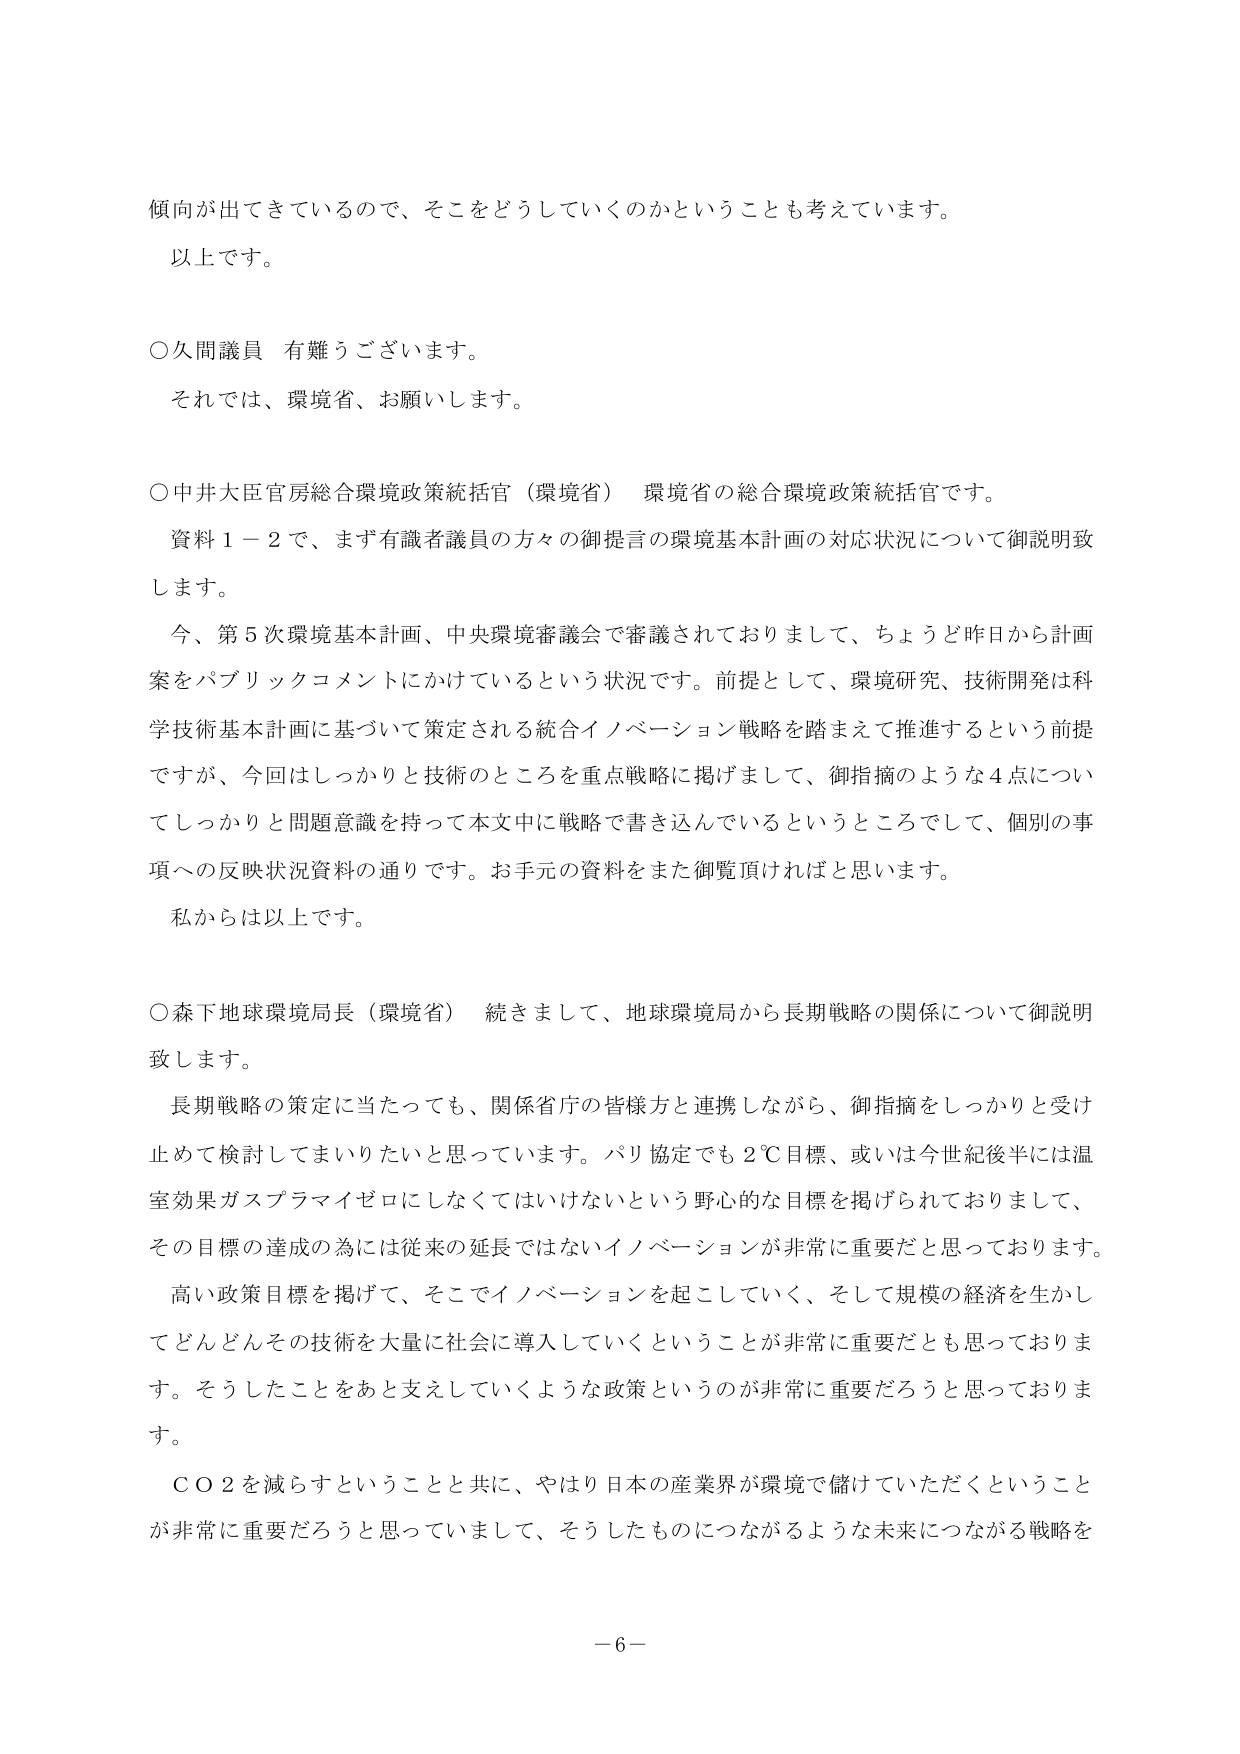
傾向が出てきているので、そこをどうしていくのかということも考えています。
以上です。

○久間議員 有難うございます。
それでは、環境省、お願いします。

○中井大臣官房総合環境政策統括官（環境省） 環境省の総合環境政策統括官です。
資料１－２で、まず有識者議員の方々の御提言の環境基本計画の対応状況について御説明致します。
今、第５次環境基本計画、中央環境審議会で審議されておりまして、ちょうど昨日から計画案をパブリックコメントにかけているという状況です。前提として、環境研究、技術開発は科学技術基本計画に基づいて策定される統合イノベーション戦略を踏まえて推進するという前提ですが、今回はしっかりと技術のところを重点戦略に掲げまして、御指摘のような４点についてしっかりと問題意識を持って本文中に戦略で書き込んでいるというところでして、個別の事項への反映状況資料の通りです。お手元の資料をまた御覧頂ければと思います。
私からは以上です。

○森下地球環境局長（環境省） 続きまして、地球環境局から長期戦略の関係について御説明致します。
長期戦略の策定に当たっても、関係省庁の皆様方と連携しながら、御指摘をしっかりと受け止めて検討してまいりたいと思っています。パリ協定でも２℃目標、或いは今世紀後半には温室効果ガスプラマイゼロにしなくてはいけないという野心的な目標を掲げられておりまして、その目標の達成の為には従来の延長ではないイノベーションが非常に重要だと思っております。
高い政策目標を掲げて、そこでイノベーションを起こしていく、そして規模の経済を生かしてどんどんその技術を大量に社会に導入していくということが非常に重要だとも思っております。そうしたことをあと支えていくような政策というのが非常に重要だろうと思っております。
ＣＯ２を減らすということと共に、やはり日本の産業界が環境で儲けていただくということが非常に重要だろうと思っていまして、そうしたものにつながるような未来につながる戦略を

－６－